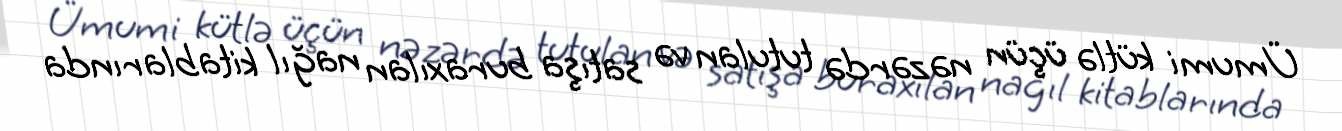
Ümumi kütlə üçün nəzərdə tutulan və satışa buraxılan nağıl kitablarında